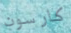
كارسون